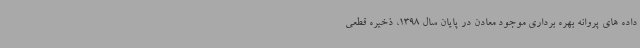
داده های پروانه بهره برداری موجود معادن در پایان سال 1398، ذخیره قطعی